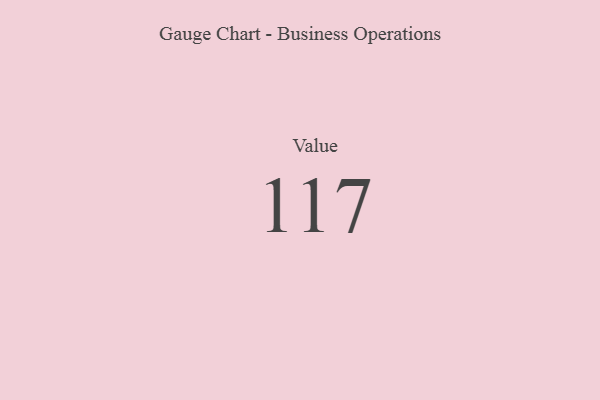
{"axis": {"x": "Metric", "y": "Value"}, "legend": [""], "data": [{"x": "Value", "y": 117, "type": ""}]}